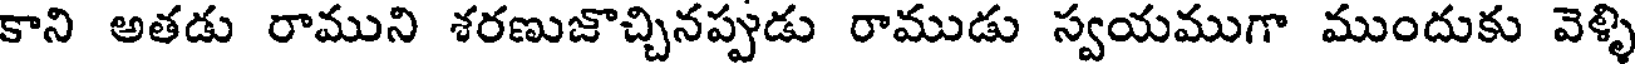
కాని అతడు రాముని శరణుజొచ్చినప్పుడు రాముడు స్వయముగా ముందుకు వెళ్ళి